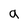
Character: a